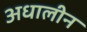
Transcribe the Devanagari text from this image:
अधालीन